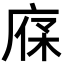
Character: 𢉔